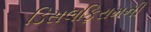
ડિસલફિરામની